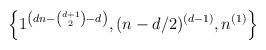
LaTeX: \begin{align*}\left\{ 1^{\left(dn-\binom{d+1}{2}-d\right)}, (n-d/2)^{(d-1)}, n^{(1)} \right\}\end{align*}